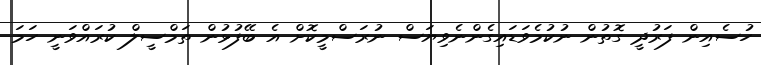
ހުސެއިން ފަރުދީ ގޮތުން ނުކުމެވަޑައިގެންނެވިޔަސް ނުރަސްމީކޮށް އެ ބޭފުޅުން ތަމްސީލް ކުރައްވަނީ ހަމަ